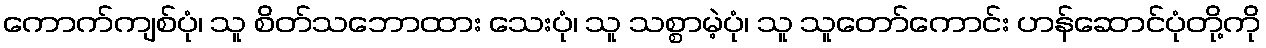
ကောက်ကျစ်ပုံ၊ သူ စိတ်သဘောထား သေးပုံ၊ သူ သစ္စာမဲ့ပုံ၊ သူ သူတော်ကောင်း ဟန်ဆောင်ပုံတို့ကို